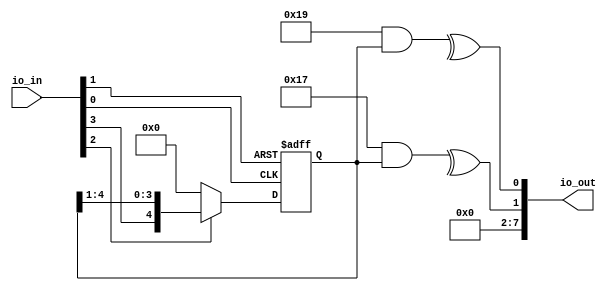
module Asma_Mohsin_conv_enc_core(// Inputs
 input [7:0]io_in,
// Output
 output [7:0]io_out
);
parameter [4:0] POLY_1 = 5'b10111 ;
parameter [4:0] POLY_2 = 5'b11001 ;
// Inputs
wire clk ;
wire rst_n ;
wire data_valid ;
wire d_in ;

assign clk = io_in[0];
assign rst_n=io_in[1];
assign data_valid=io_in[2];
assign d_in=io_in[3];

// Output

//output [1:0] enc_dout ;
reg [4:0] shift_reg ;
reg [1:0] codeword ;
wire [1:0] enc_dout ;
// Shift Input Data in 5 bits lenght register
always @(posedge clk or negedge rst_n)
begin
if(~rst_n)
shift_reg <= 5'd0 ;
else if(data_valid)
shift_reg <= {d_in, shift_reg[4:1]} ;
else
shift_reg <= 5'd0 ;
end
always @(shift_reg)
begin
codeword[0] = ^(POLY_2 & shift_reg) ;
codeword[1] = ^(POLY_1 & shift_reg) ;
end
assign io_out = codeword ;
endmodule